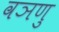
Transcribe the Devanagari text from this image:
वञणु